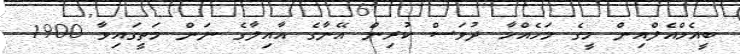
ބީއެމްއެލްއިން މީގެ މަހެއްހާ ދުވަސް ކުރިން އޭނާގެ އާއިލާގެ ނަން މަތީގައިވާ 1900